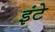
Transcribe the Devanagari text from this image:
इंटे